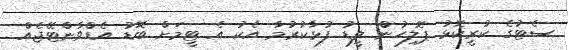
ސެޓުގެ ކުރީކޮޅު ޕޮލިހުން ލީޑު ފުޅާކުރުމާ އެކު އެ ޓީމަށް ބޮޑު އެޑްވާންޓޭޖެއް